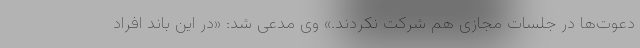
دعوت‌ها در جلسات مجازی هم شرکت نکردند.» وی مدعی شد: «در این باند افراد